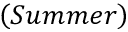
\left( S u m m e r \right)